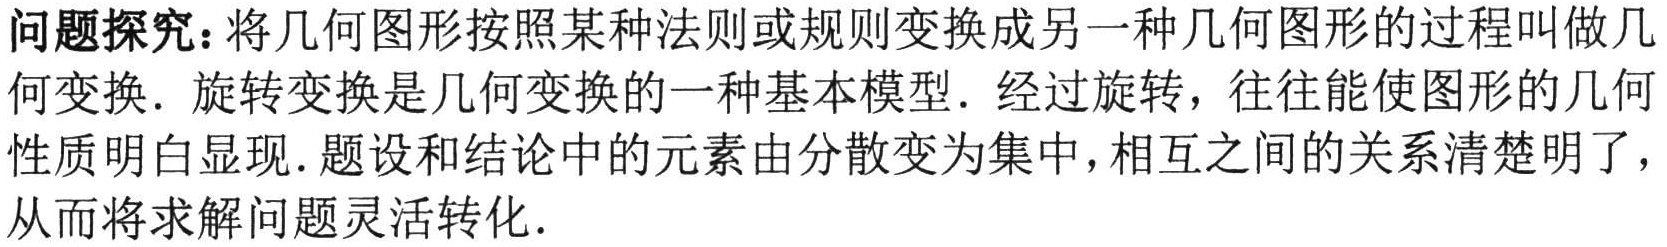
问题探究：将几何图形按照某种法则或规则变换成另一种几何图形的过程叫做几
何变换．旋转变换是几何变换的一种基本模型．经过旋转，往往能使图形的几何
性质明白显现．题设和结论中的元素由分散变为集中，相互之间的关系清楚明了，
从而将求解问题灵活转化．